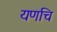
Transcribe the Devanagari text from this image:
यणचि